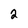
Character: 2